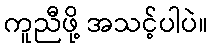
ကူညီဖို့ အသင့်ပါပဲ။